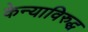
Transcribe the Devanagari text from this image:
केन्याविरुद्ध